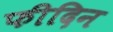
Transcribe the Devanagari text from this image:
फीदिन